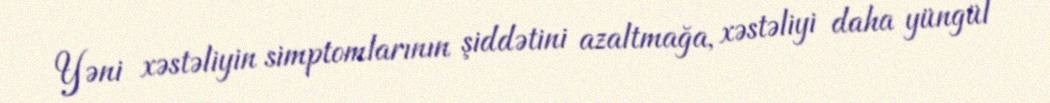
Yəni xəstəliyin simptomlarının şiddətini azaltmağa, xəstəliyi daha yüngül